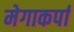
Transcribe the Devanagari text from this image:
मेगाकर्पा